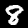
Label: 8